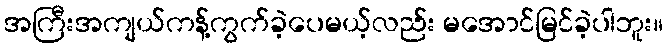
အကြီးအကျယ်ကန့်ကွက်ခဲ့ပေမယ့်လည်း မအောင်မြင်ခဲ့ပါဘူး။